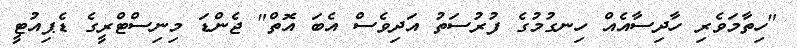
"ހިތާމަވެރި ހާދިސާއެއް ހިނގުމުގެ ފުރުސަތު އަދިވެސް އެބަ އޮތް" ޖެންޑަ މިނިސްޓްރީގެ ޑެޕިއުޓީ